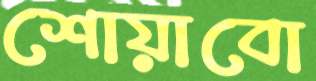
শোয়াবো